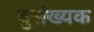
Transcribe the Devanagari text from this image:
बुसंख्यक